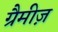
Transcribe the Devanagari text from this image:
ग्रैमीज़